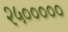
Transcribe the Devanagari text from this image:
२५०००००